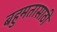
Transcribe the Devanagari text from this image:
बहुमतासाठी